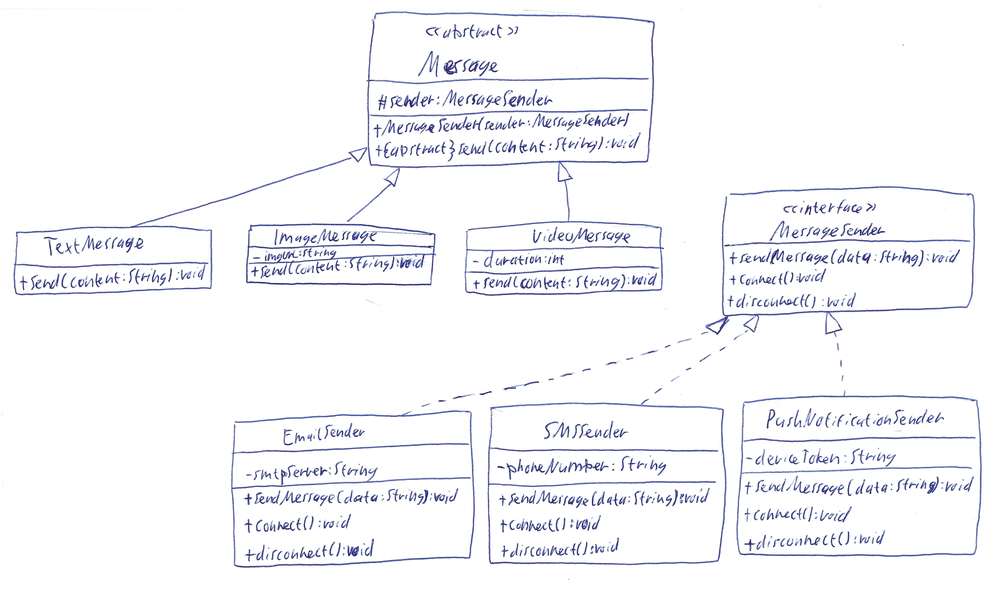
Diagram type: class_diagram
```plantuml
@startuml

abstract Message {
  # sender: MessageSender
  + MessageSender(sender: MessageSender)
  + {abstract} send(content: String): void
}

class TextMessage extends Message {
  + send(content: String): void
}

class ImageMessage extends Message {
  + send(content: String): void
}

class VideoMessage extends Message {
  + send(content: String): void
}

interface MessageSender {
  + sendMessage(data: String): void
  + connect(): void
  + disconnect(): void
}

class EmailSender implements MessageSender {
  - smtpServer: String
  + sendMessage(data: String): void
  + connect(): void
  + disconnect(): void
}

class SMSSender implements MessageSender {
  - phoneNumber: String
  + sendMessage(data: String): void
  + connect(): void
  + disconnect(): void
}

class PushNotificationSender implements MessageSender {
  - deviceToken: String
  + sendMessage(data: String): void
  + connect(): void
  + disconnect(): void
}

@enduml
```